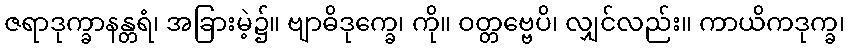
ဇရာဒုက္ခာနန္တရံ၊ အခြားမဲ့၌။ ဗျာဓိဒုက္ခေ၊ ကို။ ဝတ္တဗ္ဗေပိ၊ လျှင်လည်း။ ကာယိကဒုက္ခ၊